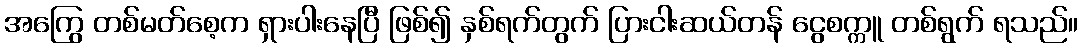
အကြွေ တစ်မတ်စေ့က ရှားပါးနေပြီ ဖြစ်၍ နှစ်ရက်တွက် ပြားငါးဆယ်တန် ငွေစက္ကူ တစ်ရွက် ရသည်။